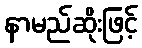
နာမည်ဆိုးဖြင့်